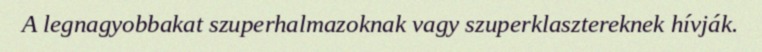
A legnagyobbakat szuperhalmazoknak vagy szuperklasztereknek hívják.